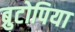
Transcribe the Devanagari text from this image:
ब्रुटोपिया